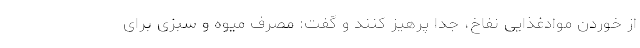
از خوردن موادغذایی نفاخ، جدا پرهیز کنند و گفت: مصرف میوه و سبزی برای